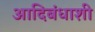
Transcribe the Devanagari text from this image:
आदिबंधाशी